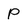
Character: P